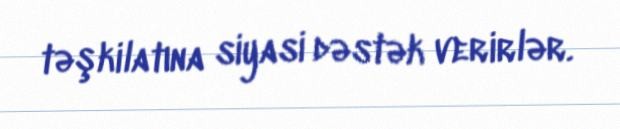
təşkilatına siyasi dəstək verirlər.